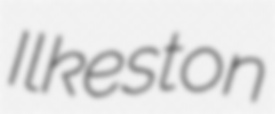
Ilkeston